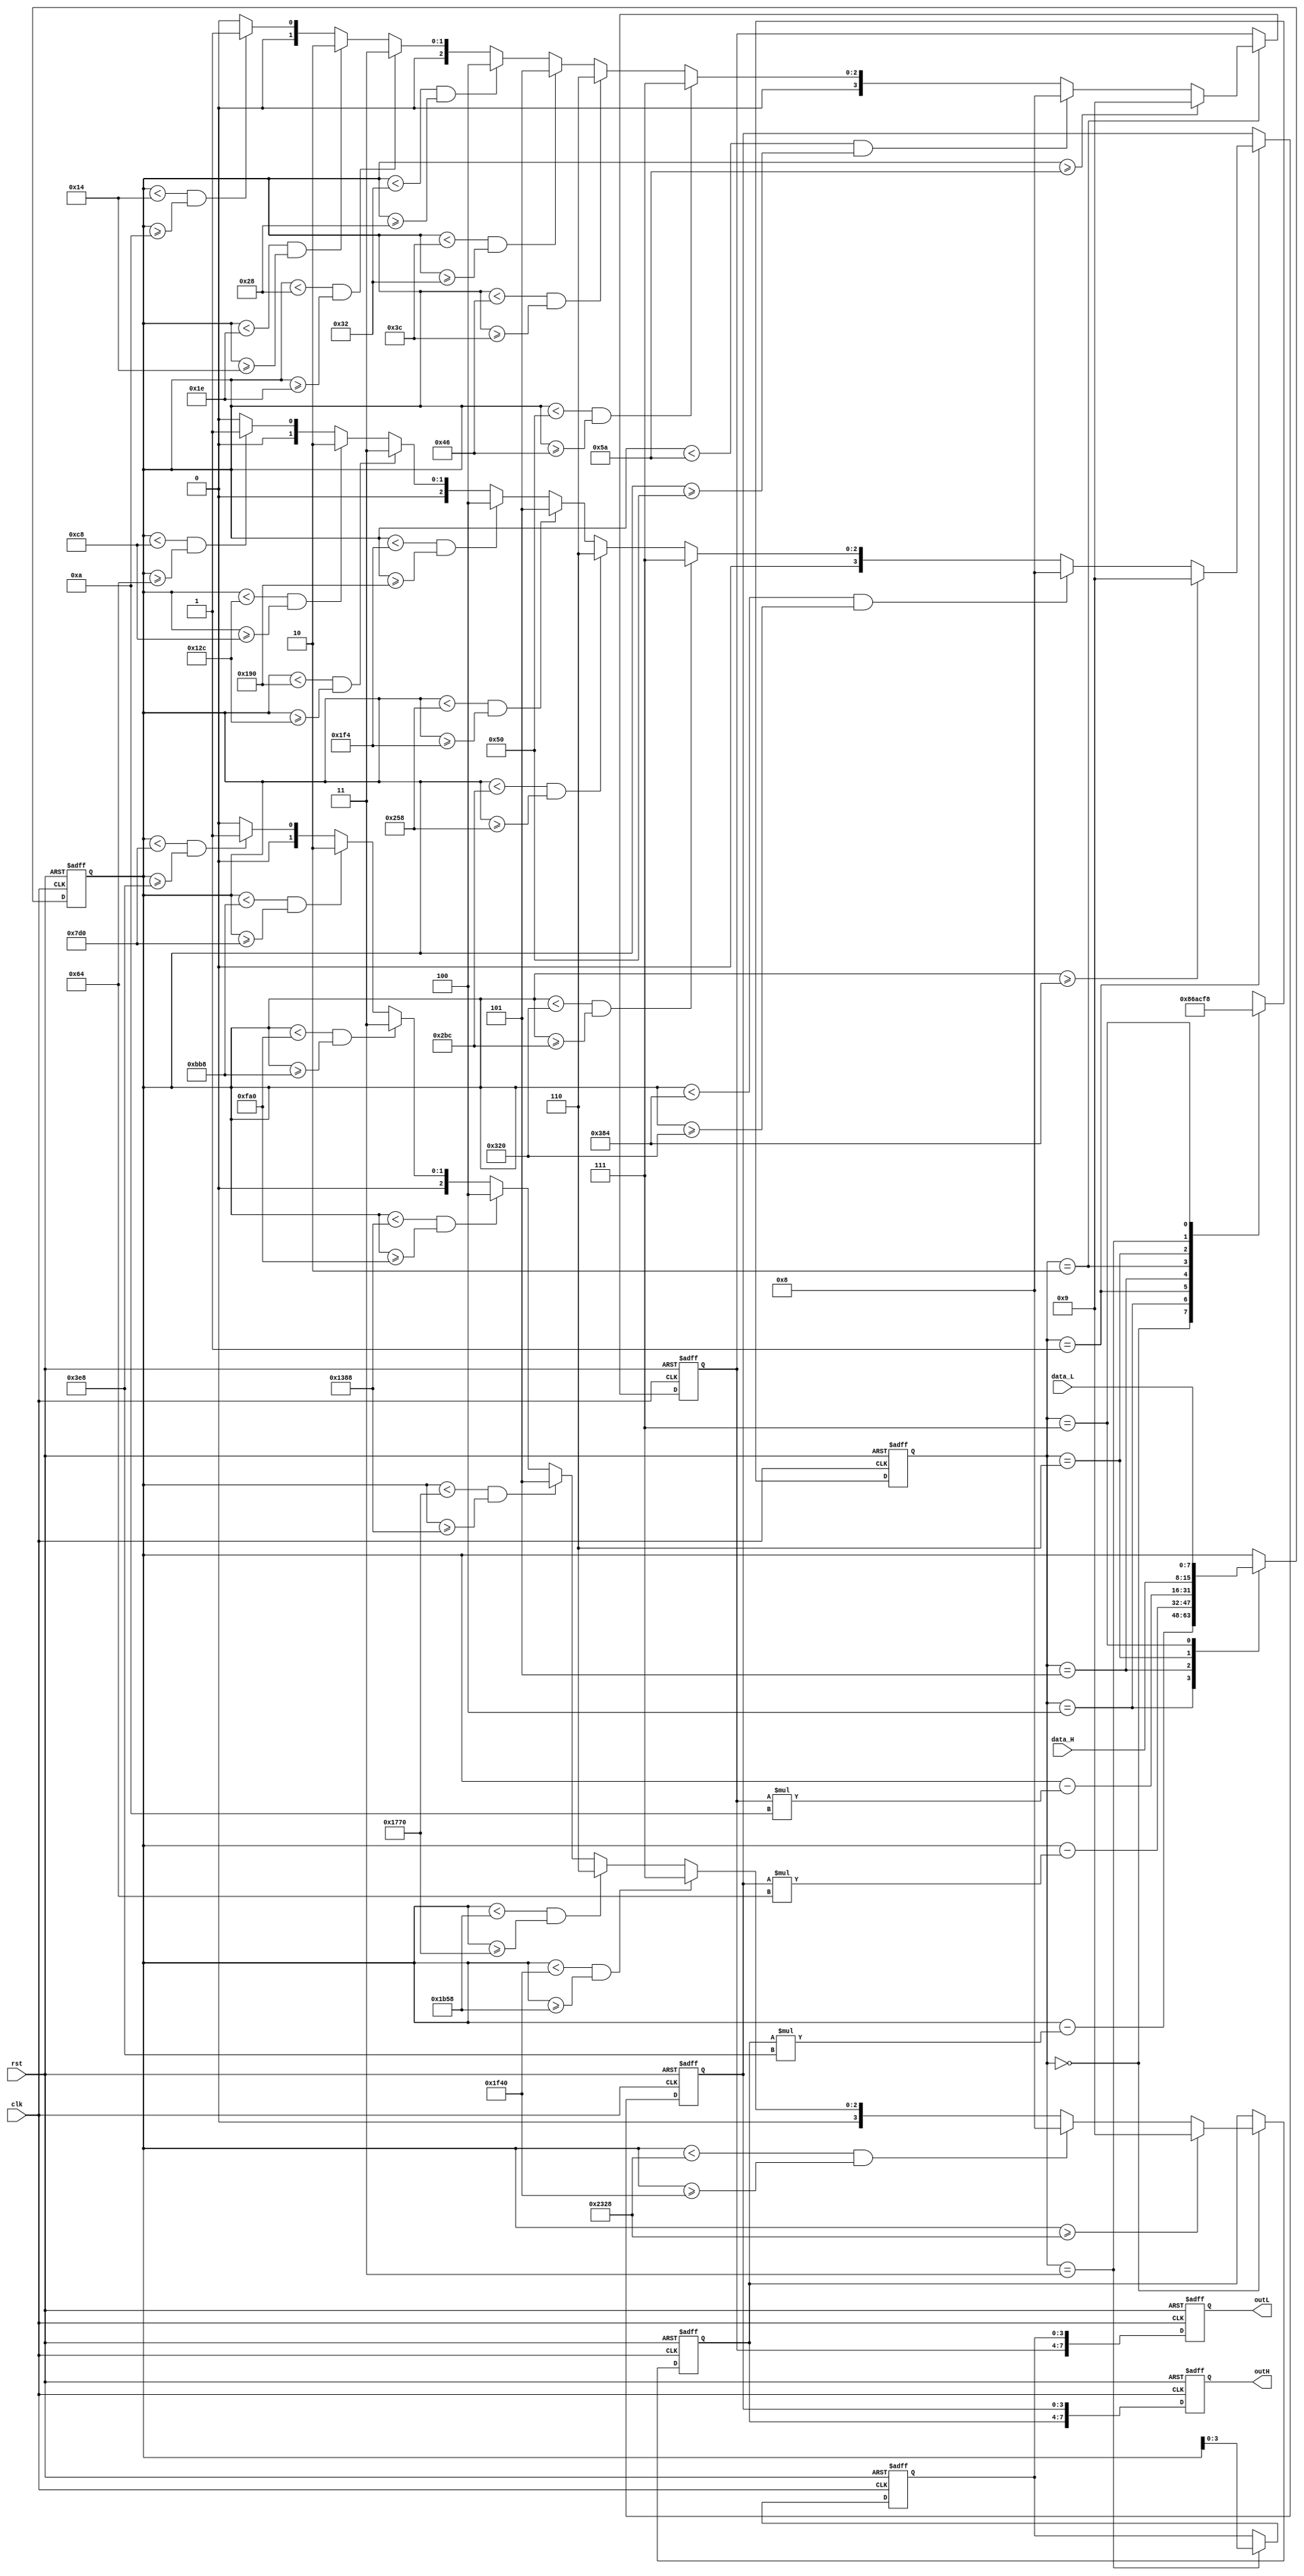
`timescale 1ns / 1ps
//////////////////////////////////////////////////////////////////////////////////
// Company: 
// Engineer: 
// 
// Design Name: 
// Module Name: Hex2Dec
// Project Name: 
// Target Devices: 
// Tool Versions: 
// Description: 
// 
// Dependencies: 
// 
// Revision:
// Revision 0.01 - File Created
// Additional Comments:
// 
//////////////////////////////////////////////////////////////////////////////////


module Hex2Dec(
    input  wire       clk,
    input  wire       rst,
    input  wire [7:0] data_H, 
    input  wire [7:0] data_L,
    
    output reg  [7:0] outH,
    output reg  [7:0] outL  
);
    reg [15:0] data;
    reg [2:0]  state;
	reg [3:0]  thou, hund, ten, one;
    parameter THOU = 3'b000,  HUND = 3'b001,  TEN = 3'b010,  ONE = 3'b011;
	parameter THOU1 = 3'b100, HUND1 = 3'b101, TEN1 = 3'b110, ONE1 = 3'b111;

always@(posedge clk, posedge rst)
begin	
    if(rst)
        begin
            outH <= 8'b0;
            outL <= 8'b0;
            data <= 16'b0;
            state <= ONE1;
			thou <= 4'b0;
			hund <= 4'b0;
			ten <= 4'b0;
			one <= 4'b0;
        end
    else
        begin
            {outH, outL} <= {thou, hund, ten, one};
            case(state)
				THOU:
					begin
						state <= THOU1;
					
						if(data>=9000)
							thou <= 9;
						else if(data<9000 && data>=8000)
							thou <= 8;
						else if(data<8000 && data>=7000)
							thou <= 7;
						else if(data<7000 && data>=6000)
							thou <= 6;
						else if(data<6000 && data>=5000)
							thou <= 5;
						else if(data<5000 && data>=4000)
							thou <= 4;
						else if(data<4000 && data>=3000)
							thou <= 3;
						else if(data<3000 && data>=2000)
							thou <= 2;	
						else if(data<2000 && data>=1000)
							thou <= 1;
						else 
							thou <= 0;	
					end
				THOU1:
					begin
						state <= HUND;
						
						data <= data - thou*1000;
					end
				HUND:
					begin
						state <= HUND1;
						
						if(data>=900)
							hund <= 9;
						else if(data<900 && data>=800)
							hund <= 8;
						else if(data<800 && data>=700)
							hund <= 7;
						else if(data<700 && data>=600)
							hund <= 6;
						else if(data<600 && data>=500)
							hund <= 5;
						else if(data<500 && data>=400)
							hund <= 4;
						else if(data<400 && data>=300)
							hund <= 3;
						else if(data<300 && data>=200)
							hund <= 2;	
						else if(data<200 && data>=100)
							hund <= 1;
						else 
							hund <= 0;	
					end
				HUND1:
					begin
						state <= TEN;
						
						data <= data - hund*100;
					end
				TEN:
					begin
						state <= TEN1;
						
						if(data>=90)
							ten <= 9;
						else if(data<90 && data>=80)
							ten <= 8;
						else if(data<80 && data>=70)
							ten <= 7;
						else if(data<70 && data>=60)
							ten <= 6;
						else if(data<60 && data>=50)
							ten <= 5;
						else if(data<50 && data>=40)
							ten <= 4;
						else if(data<40 && data>=30)
							ten <= 3;
						else if(data<30 && data>=20)
							ten <= 2;	
						else if(data<20 && data>=10)
							ten <= 1;
						else 
							ten <= 0;
					end
				TEN1:
					begin
						state <= ONE;
						
						data <= data - ten*10;
					end
				ONE:
					begin
						state <= ONE1;
						
						one <= data;
					end
				ONE1:
					begin
						state <= THOU;
						
						data <= {data_H, data_L};
					end	
                default:
                    state <= ONE1;
			endcase
        end
end
endmodule